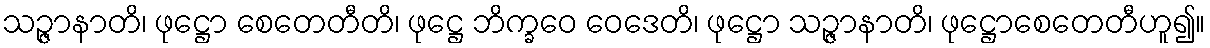
သဉ္ဇာနာတိ၊ ဖုဋ္ဌော စေတေတီတိ၊ ဖုဋ္ဌေ ဘိက္ခဝေ ဝေဒေတိ၊ ဖုဋ္ဌော သဉ္ဇာနာတိ၊ ဖုဋ္ဌောစေတေတီဟူ၍။